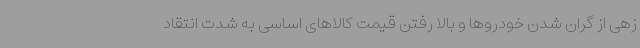
زهی از گران شدن خودروها و بالا رفتن قیمت کالاهای اساسی به شدت انتقاد